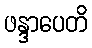
ဖန္ဒာပေတိ